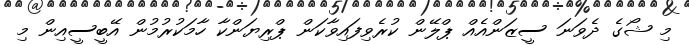
މި ޝޯގެ ދެވަނަ ސީޒަންއެއް ޕްލޭން ކުރެވިފައިވާކަން ޕްރިޔަންކާ ހާމަކުރުމުން އޭބީސީއިން މި